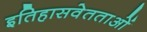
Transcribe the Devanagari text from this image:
इतिहासवेतताओं